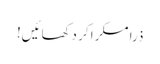
ذرا مسکرا کر دکھائیں!